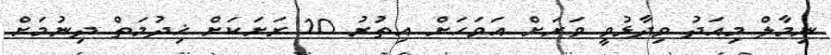
ނިމާލް މިއަދު ވިދާޅުވީ ވަރަށް އަވަހަށް އިތުރު 10 ރަށަކަށް ޚިދުމަތް ދިނުމަށް